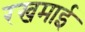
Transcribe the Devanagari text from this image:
रखमाई